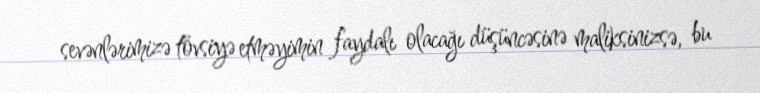
sevənlərimizə tövsiyə etməyimin faydalı olacağı düşüncəsinə maliksinizsə, bu